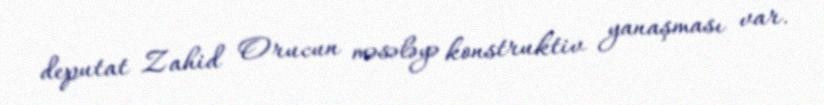
deputat Zahid Orucun məsələyə konstruktiv yanaşması var.